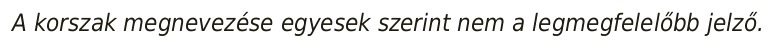
A korszak megnevezése egyesek szerint nem a legmegfelelőbb jelző.